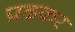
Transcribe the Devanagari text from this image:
प़ढकर